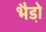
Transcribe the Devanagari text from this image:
भैडो़